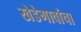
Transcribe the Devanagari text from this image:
खेडेगावांचा